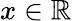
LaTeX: x\in\mathbb R